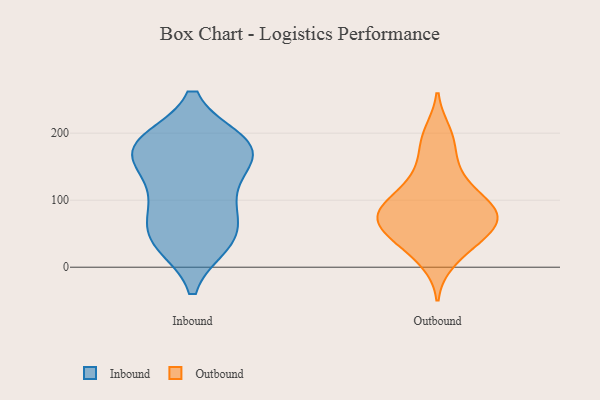
{"axis": {"x": "Net Income (USD K)", "y": "Value"}, "legend": ["Inbound", "Outbound"], "data": [{"x": "", "y": 186, "type": "Inbound"}, {"x": "", "y": 185, "type": "Inbound"}, {"x": "", "y": 157, "type": "Inbound"}, {"x": "", "y": 36, "type": "Inbound"}, {"x": "", "y": 160, "type": "Inbound"}, {"x": "", "y": 52, "type": "Inbound"}, {"x": "", "y": 41, "type": "Inbound"}, {"x": "", "y": 40, "type": "Inbound"}, {"x": "", "y": 101, "type": "Inbound"}, {"x": "", "y": 171, "type": "Inbound"}, {"x": "", "y": 112, "type": "Inbound"}, {"x": "", "y": 184, "type": "Inbound"}, {"x": "", "y": 84, "type": "Inbound"}, {"x": "", "y": 182, "type": "Inbound"}, {"x": "", "y": 44, "type": "Outbound"}, {"x": "", "y": 74, "type": "Outbound"}, {"x": "", "y": 129, "type": "Outbound"}, {"x": "", "y": 79, "type": "Outbound"}, {"x": "", "y": 49, "type": "Outbound"}, {"x": "", "y": 200, "type": "Outbound"}, {"x": "", "y": 10, "type": "Outbound"}, {"x": "", "y": 85, "type": "Outbound"}, {"x": "", "y": 94, "type": "Outbound"}, {"x": "", "y": 76, "type": "Outbound"}, {"x": "", "y": 57, "type": "Outbound"}, {"x": "", "y": 185, "type": "Outbound"}, {"x": "", "y": 32, "type": "Outbound"}, {"x": "", "y": 148, "type": "Outbound"}, {"x": "", "y": 109, "type": "Outbound"}, {"x": "", "y": 81, "type": "Outbound"}]}